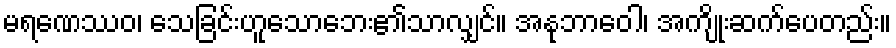
မရဏေဿဝ၊ သေခြင်းဟူသောဘေး၏သာလျှင်။ အနုဘာဝေါ၊ အကျိုးဆက်ပေတည်း။